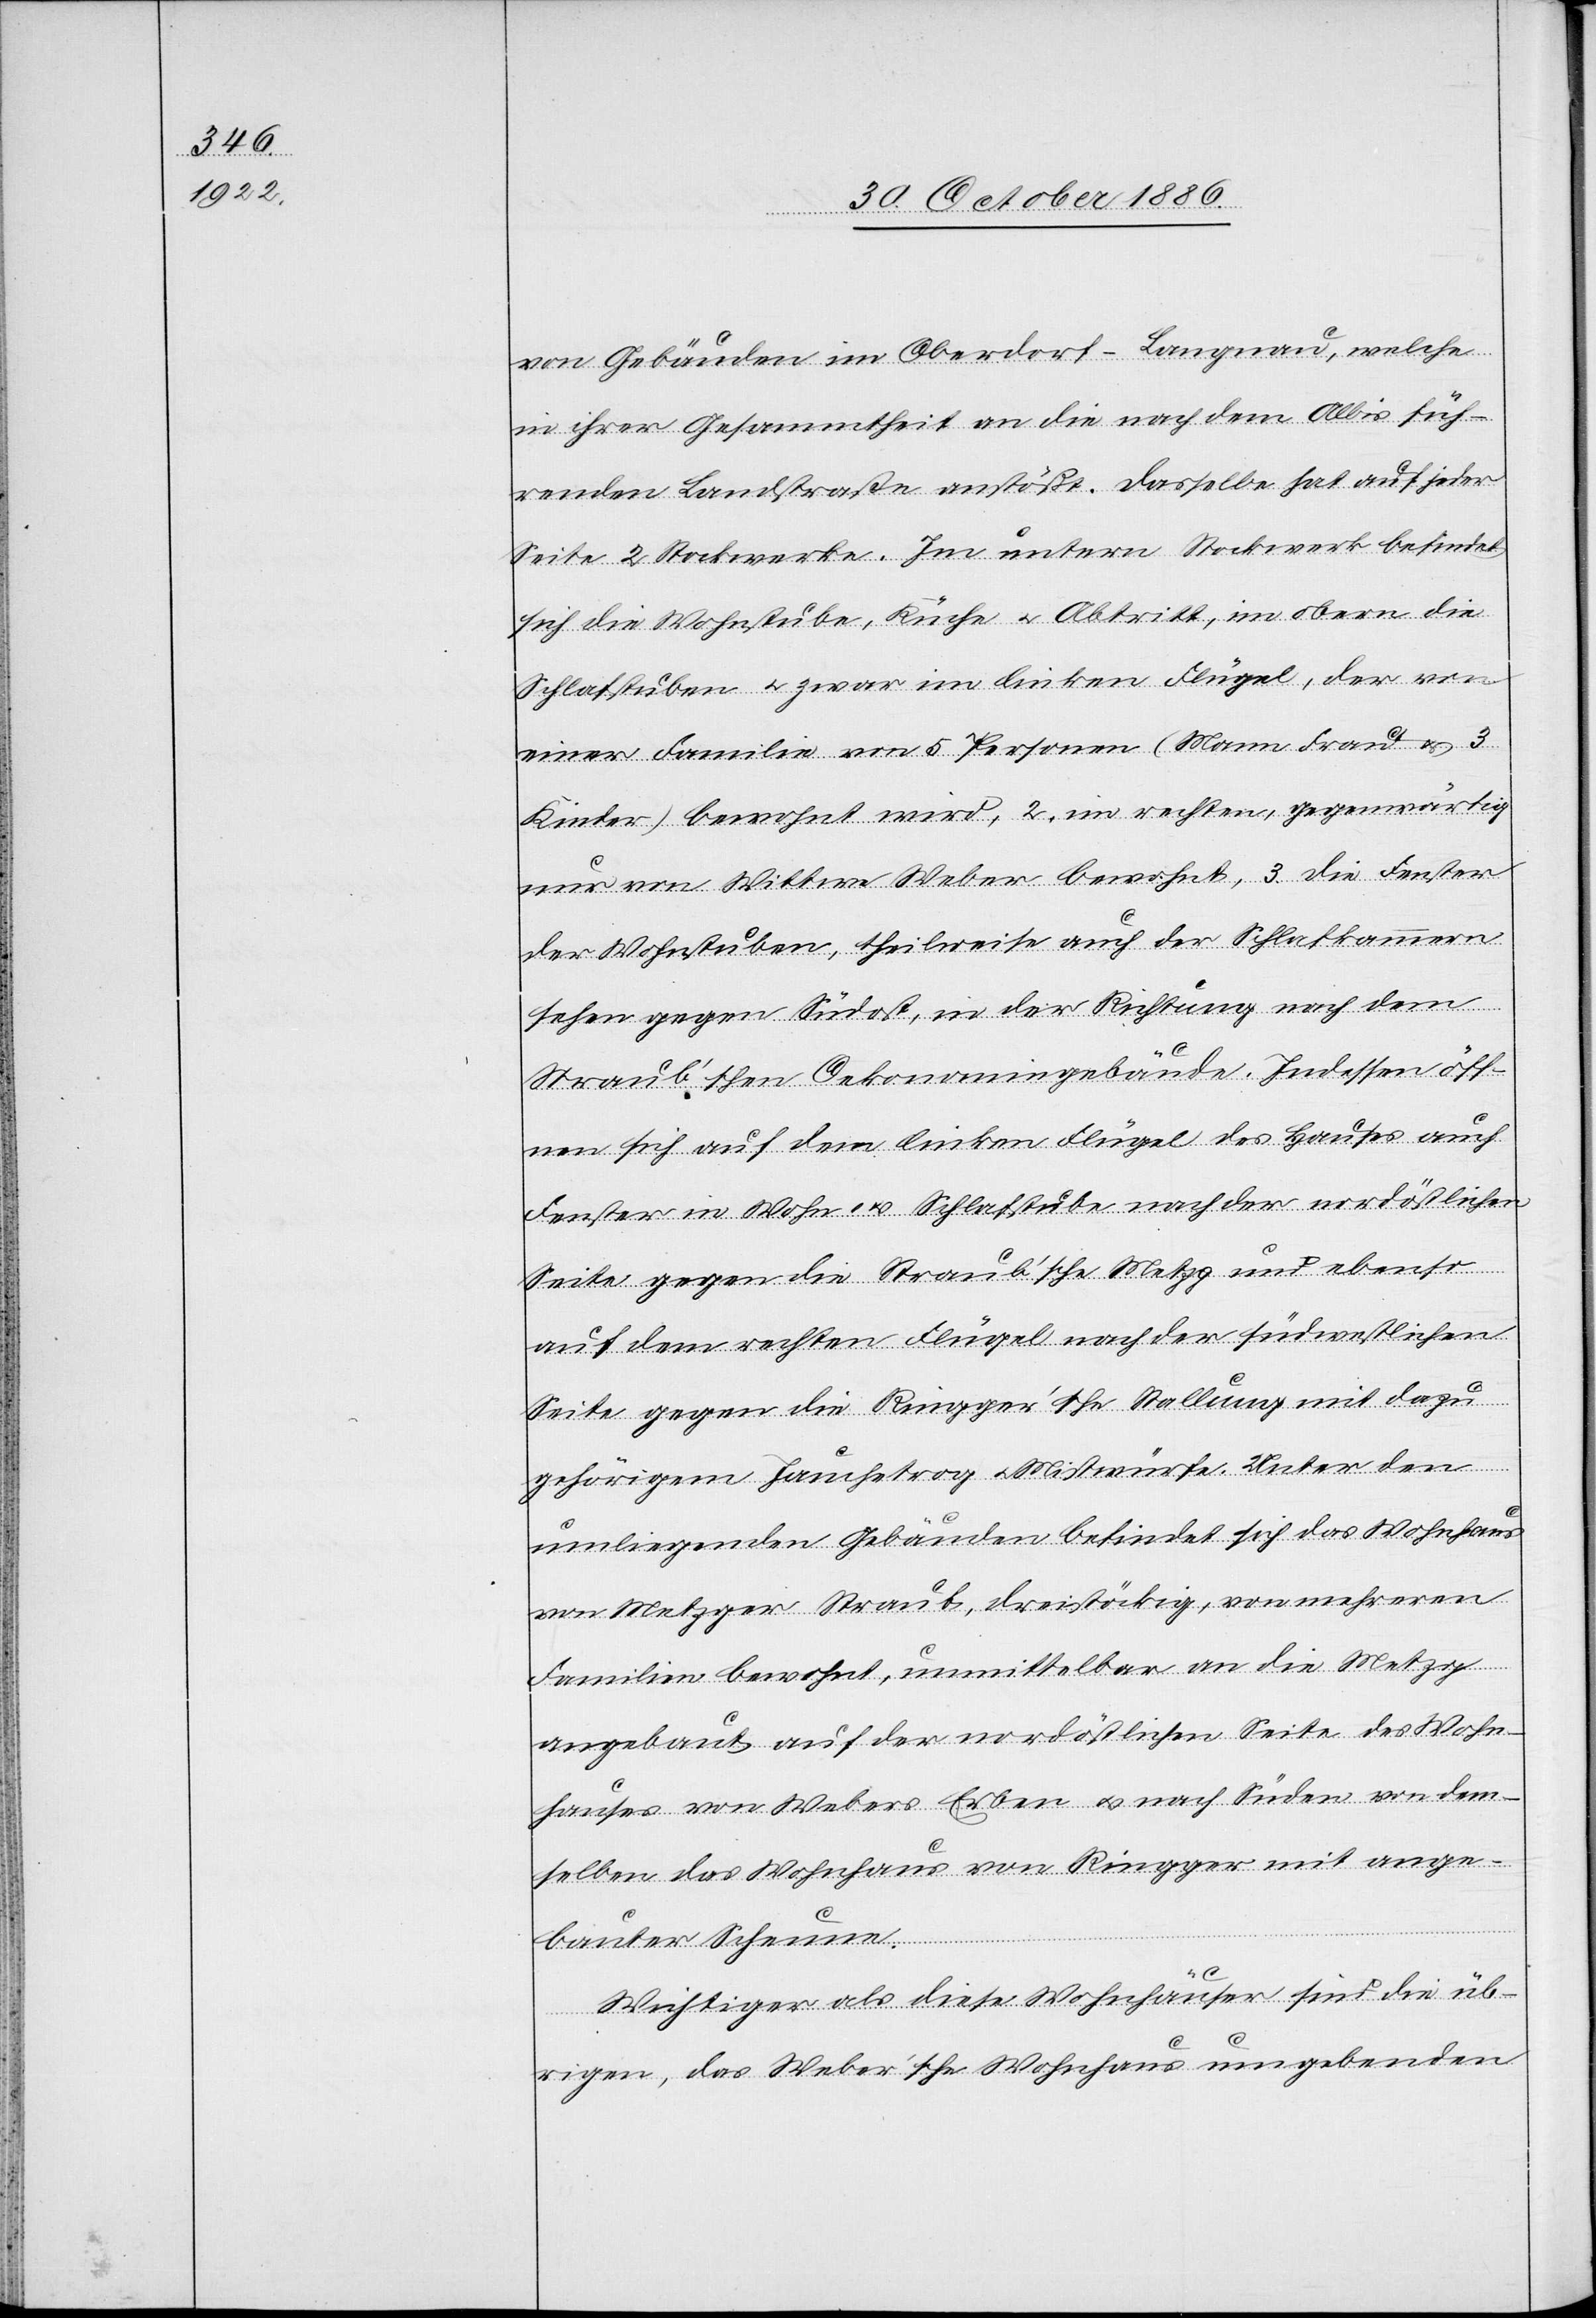
von Gebäuden im Oberdorf - Langnau, welche
in ihrer Gesammtheit an die nach dem Albis füh¬
renden [sic!] Landstraße anstößt. Dasselbe hat auf jeder
Seite 2 Stockwerke. Im untern Stockwerk befindet
sich die Wohnstube, Küche & Abtritt, im obern die
Schlafstuben & zwar im linken Flügel, der von
einer Familie von 5 Personen (Mann Frau & 3
Kinder) bewohnt wird, 2. im rechten, gegenwärtig
nur von Wittwe Weber bewohnt, 3. die Fenster
der Wohnstuben, theilweise auch der Schlafkammern
sehen gegen Südost, in der Richtung nach dem
Straub’schen Oekonomiegebäude. Indessen öff¬
nen sich auf dem linken Flügel des Hauses auch
Fenster in Wohn- & Schlafstube nach der nordöstlichen
Seite gegen die Straub’sche Metzg und ebenso
auf dem rechten Flügel nach der südwestlichen
Seite gegen die Ringger’sche Stallung mit dazu
gehörigem Jauchetrog & Mistwürfe. Unter den
umliegenden Gebäuden befindet sich das Wohnhaus
von Metzger Straub, dreistöckig, von mehreren
Familien bewohnt, unmittelbar an die Metzg
angebaut auf der nordöstlichen Seite des Wohn¬
hauses von Webers Erben & nach Süden von dem¬
selben das Wohnhaus von Ringger mit ange¬
bauter Scheune.
Wichtiger als diese Wohnhäuser sind die üb¬
rigen, das Weber’sche Wohnhaus umgebenden